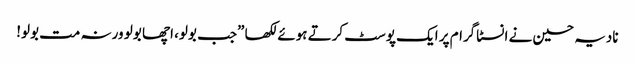
نادیہ حسین نے انسٹاگرام پر ایک پوسٹ کرتے ہوئے لکھا ”جب بولو، اچھا بولو ورنہ مت بولو!